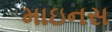
માઇનસ